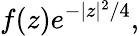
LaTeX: f(z)e^{-\vert z\vert^{2}/4},